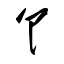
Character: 饣